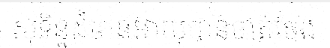
សុទិន្នដ៏មានអាយុបានចាត់ចែង